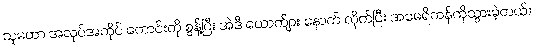
သူမဟာ အလုပ်အကိုင် ကောင်းကို စွန့်ပြီး အဲဒီ ယောက်ျား နောက် လိုက်ပြီး အမေရိကန်ကိုသွားခဲ့တယ်။